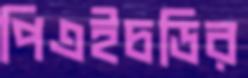
পিএইচডির